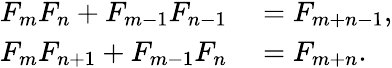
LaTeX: \begin{array}{rl}{{F_{m}}{F_{n}}+{F_{m-1}}{F_{n-1}}}&{{}=F_{m+n-1},}\\ {F_{m}F_{n+1}+F_{m-1}F_{n}}&{{}=F_{m+n}.}\end{array}